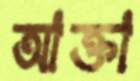
আক্তা